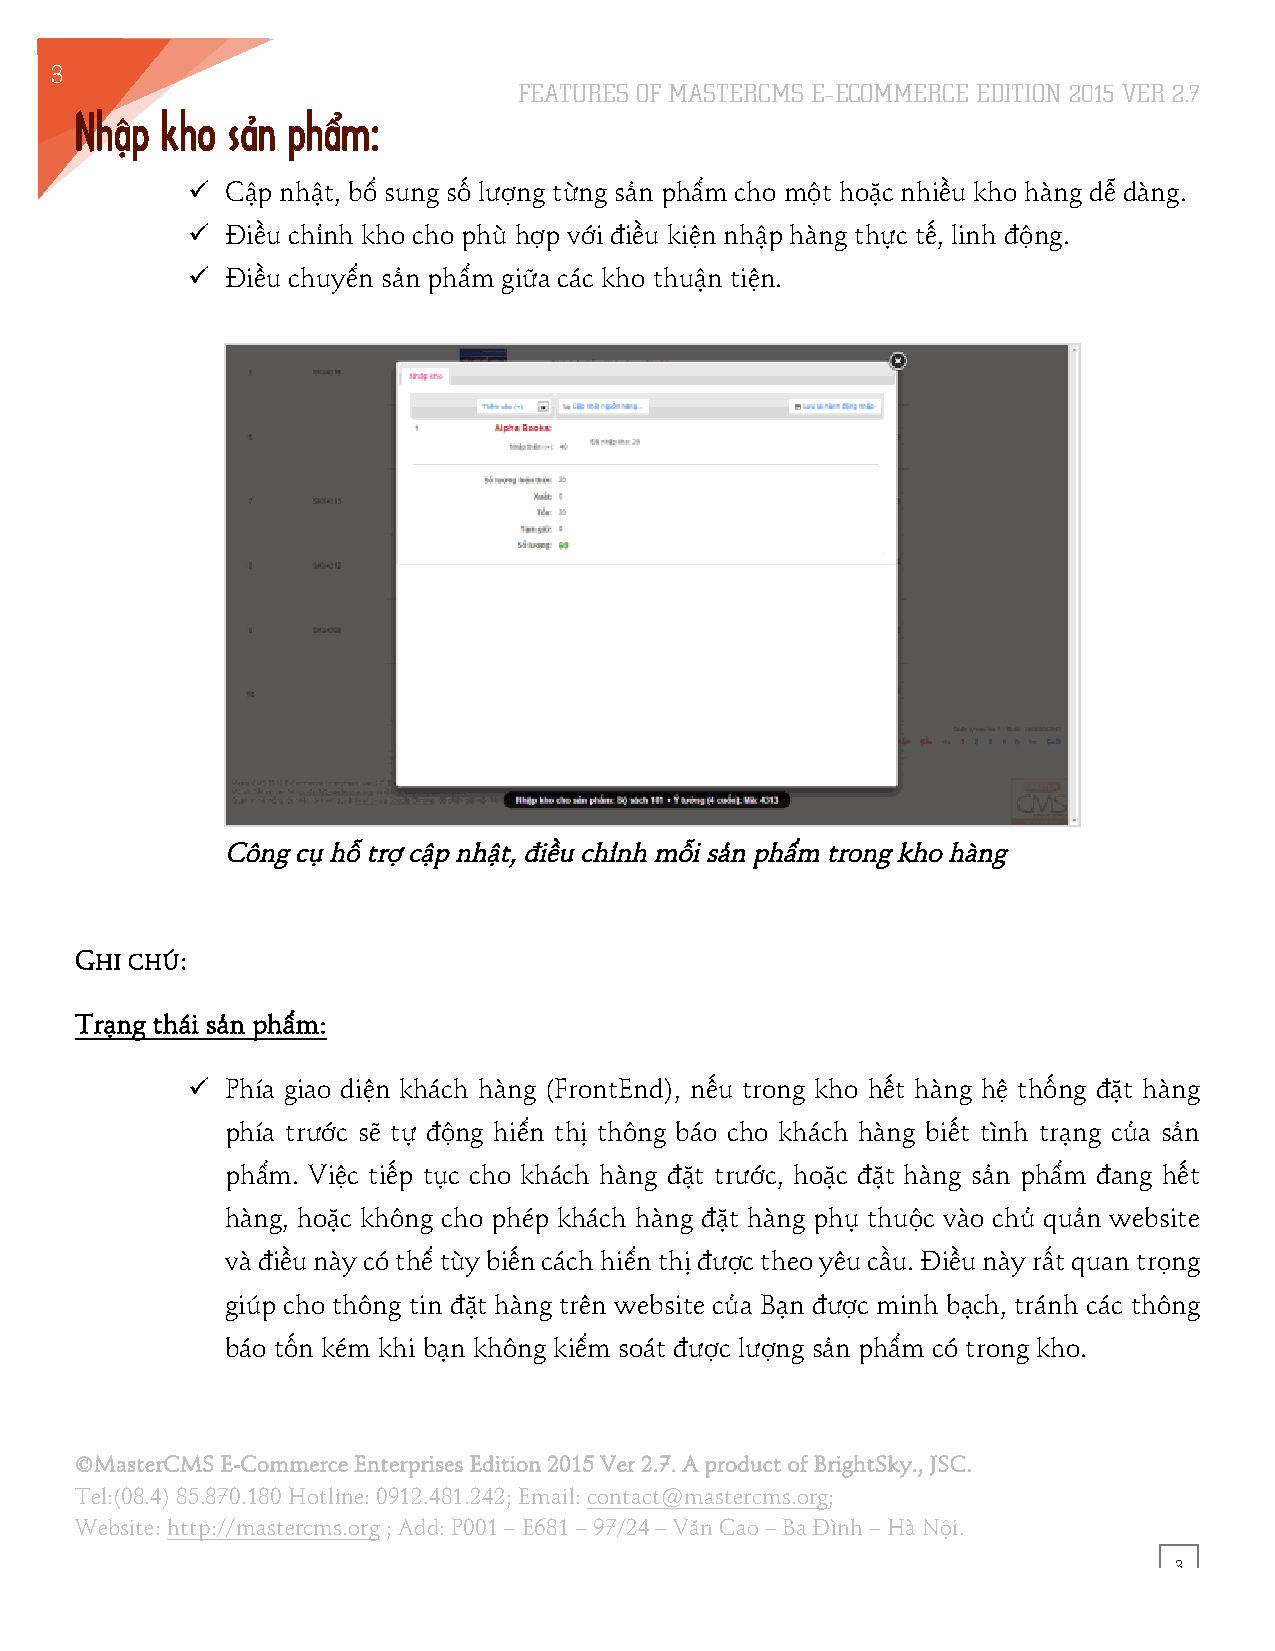
3
 FEATURES OF MASTERCMS E–ECOMMERCE EDITION 2015 VER 2.7
 6
 Nhập  kho sản phẩm:
 !! Cập nhật, bổ sung số lượng từng sản phẩm cho một hoặc nhiều kho hàng dễ dàng.
 !! Điều chỉnh kho cho phù hợp với điều kiện nhập hàng thực tế, linh động.
 !! Điều chuyển sản phẩm giữa các kho thuận tiện.
 Công cụ hỗ trợ cập nhật, điều chỉnh mỗi sản phẩm trong kho hàng
 GHI CHÚ:
 Trạng thái sản phẩm:
 !! Phía giao diện khách hàng (FrontEnd), nếu trong kho hết hàng hệ thống đặt hàng
 phía trước sẽ tự động hiển thị thông báo cho khách hàng biết tình trạng của sản
 phẩm. Việc tiếp tục cho khách hàng đặt trước, hoặc đặt hàng sản phẩm đang hết
 hàng, hoặc không cho phép khách hàng đặt hàng phụ thuộc vào chủ quản website
 và điều này có thể tùy biến cách hiển thị được theo yêu cầu. Điều này rất quan trọng
 giúp cho thông tin đặt hàng trên website của Bạn được minh bạch, tránh các thông
 báo tốn kém khi bạn không kiểm soát được lượng sản phẩm có trong kho.
 ©MasterCMS E-Commerce Enterprises Edition 2015 Ver 2.7. A product of BrightSky., JSC.
 Tel:(08.4) 85.870.180 Hotline: 0912.481.242; Email: contact@mastercms.org;
 Website: http://mastercms.org ; Add: P001 – E681 – 97/24 – Văn Cao – Ba Đình – Hà Nội.
 3